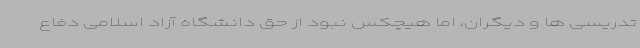
تدریسی ها و دیگران، اما هیچکس نبود از حق دانشگاه آزاد اسلامی دفاع